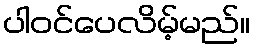
ပါဝင်ပေလိမ့်မည်။